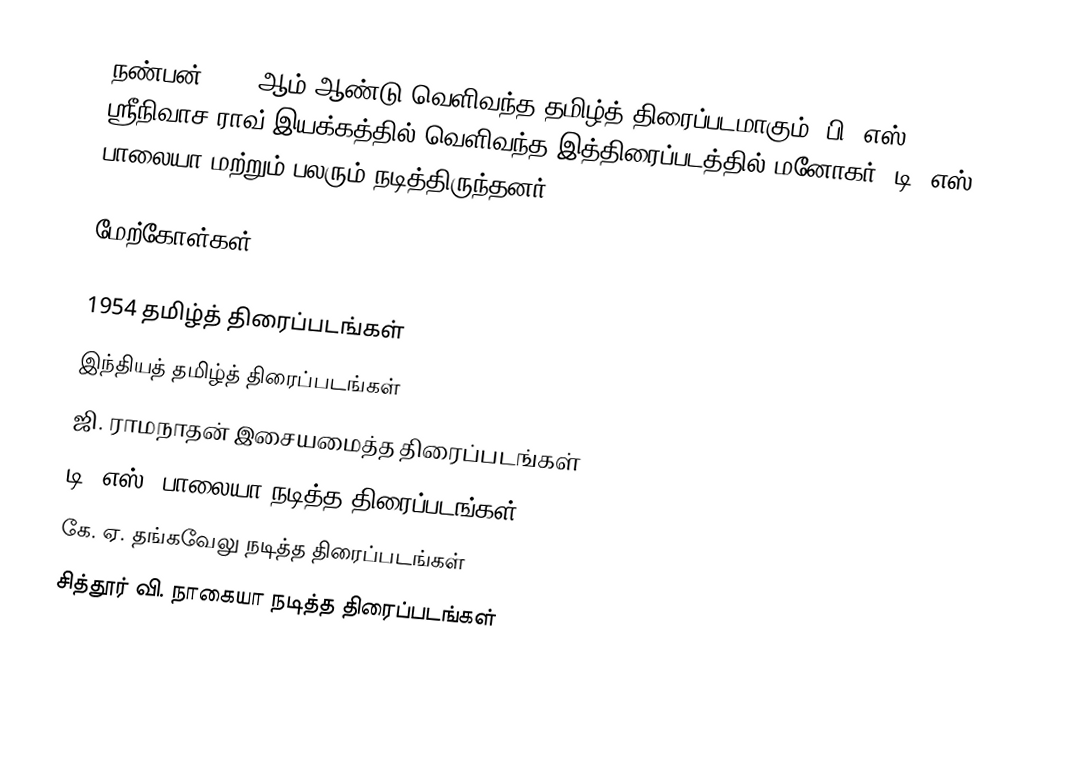
நண்பன் 1954 ஆம் ஆண்டு வெளிவந்த தமிழ்த் திரைப்படமாகும். பி. எஸ். ஸ்ரீநிவாச ராவ் இயக்கத்தில் வெளிவந்த இத்திரைப்படத்தில் மனோகர், டி. எஸ். பாலையா மற்றும் பலரும் நடித்திருந்தனர்.

மேற்கோள்கள்

1954 தமிழ்த் திரைப்படங்கள்
இந்தியத் தமிழ்த் திரைப்படங்கள்
ஜி. ராமநாதன் இசையமைத்த திரைப்படங்கள்
டி. எஸ். பாலையா நடித்த திரைப்படங்கள்
கே. ஏ. தங்கவேலு நடித்த திரைப்படங்கள்
சித்தூர் வி. நாகையா நடித்த திரைப்படங்கள்